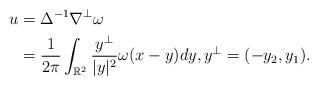
LaTeX: \begin{align*}u& = \Delta^{-1} \nabla^{\perp} \omega \\ & = \frac 1 {2\pi} \int_{\mathbb R^2} \frac {y^{\perp}}{|y|^2} \omega(x-y)dy, y^{\perp}=(-y_2,y_1). \end{align*}